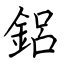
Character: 鋁